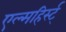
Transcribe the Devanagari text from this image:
एल्महिर्स्ट्